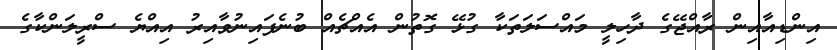
އިންޑިއާއިން ރާއްޖޭގެ ދާހިލީ މައްސަލަތަކާ ގުޅޭ ގޮތުން އެއްޗެއް ބުނެފައިނުވާއިރު އިއްޔެ ސްރީލަންކާގެ